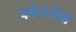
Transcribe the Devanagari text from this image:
फोनसेवा